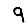
Digit: 9